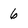
Character: 6